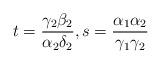
LaTeX: \begin{align*}t = { \gamma_2 \beta_2 \over \alpha_2 \delta_2}, s ={\alpha_1 \alpha_2 \over \gamma_1 \gamma_2 }\end{align*}